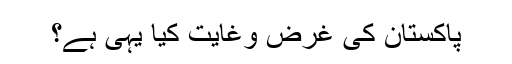
پاکستان کی غرض وغایت کیا یہی ہے؟